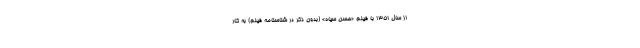
از سال ۱۳۵۱ با فیلم «حسن سیاه» (بدون ذکر در شناسنامه فیلم) به کار